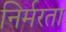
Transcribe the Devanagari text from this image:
निर्मरता